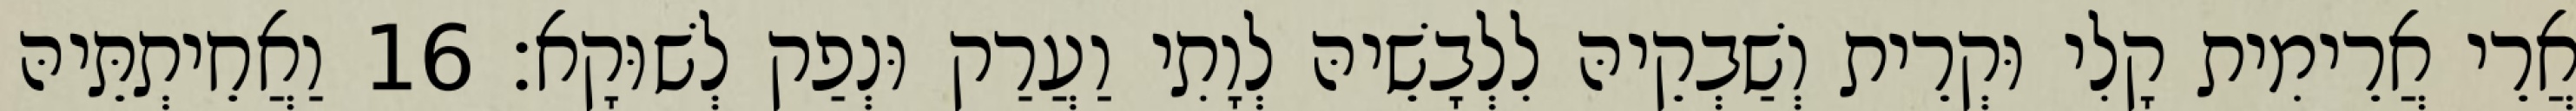
אֲרֵי אֲרֵימִית קָלִי וּקְרֵית וְשַׁבְקֵיהּ לִלְבָשֵׁיהּ לְוָתִי וַעֲרַק וּנְפַק לְשׁוּקָא׃ 16 וַאֲחֵיתְתֵּיהּ